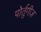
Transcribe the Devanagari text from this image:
पोर्तुगीज़